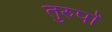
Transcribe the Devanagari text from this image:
तुरुपों